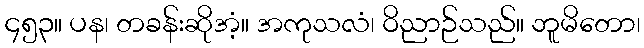
၄၅၃။ ပန၊ တခန်းဆိုအံ့။ အကုသလံ၊ ဝိညာဉ်သည်။ ဘူမိတော၊